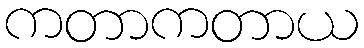
ကတာကတာယ